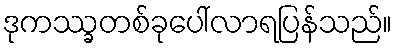
ဒုကဿ္ခတစ်ခုပေါ်လာရပြန်သည်။